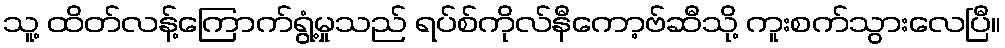
သူ့ ထိတ်လန့်ကြောက်ရွံ့မှုသည် ရပ်စ်ကိုလ်နီကော့ဗ်ဆီသို့ ကူးစက်သွားလေပြီ။